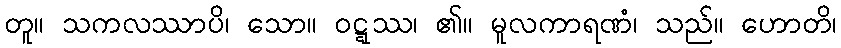
တူ။ သကလဿာပိ၊ သော။ ဝဋ္ဋဿ၊ ၏။ မူလကာရဏံ၊ သည်။ ဟောတိ၊